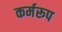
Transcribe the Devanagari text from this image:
कर्मरूप